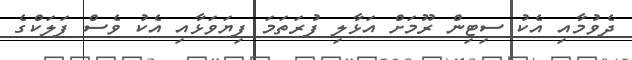
ދެވުމާއި އެކު ސިޓިން ރޫމަށް އަޅާލި ފުރަތަމަ ފިޔަވަޅާއި އެކު ވެސް ފަލަކްގެ